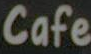
Cafe